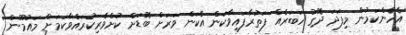
އެހެންކަމުން މިފަދަ ދޮގު ހަބަރެއް ފަތުރާފައިވާކަން އެކަން ވަރަށް ބޮޑަށް ކުށްވެރިކުރައްވާކަމަށް މައުމޫން